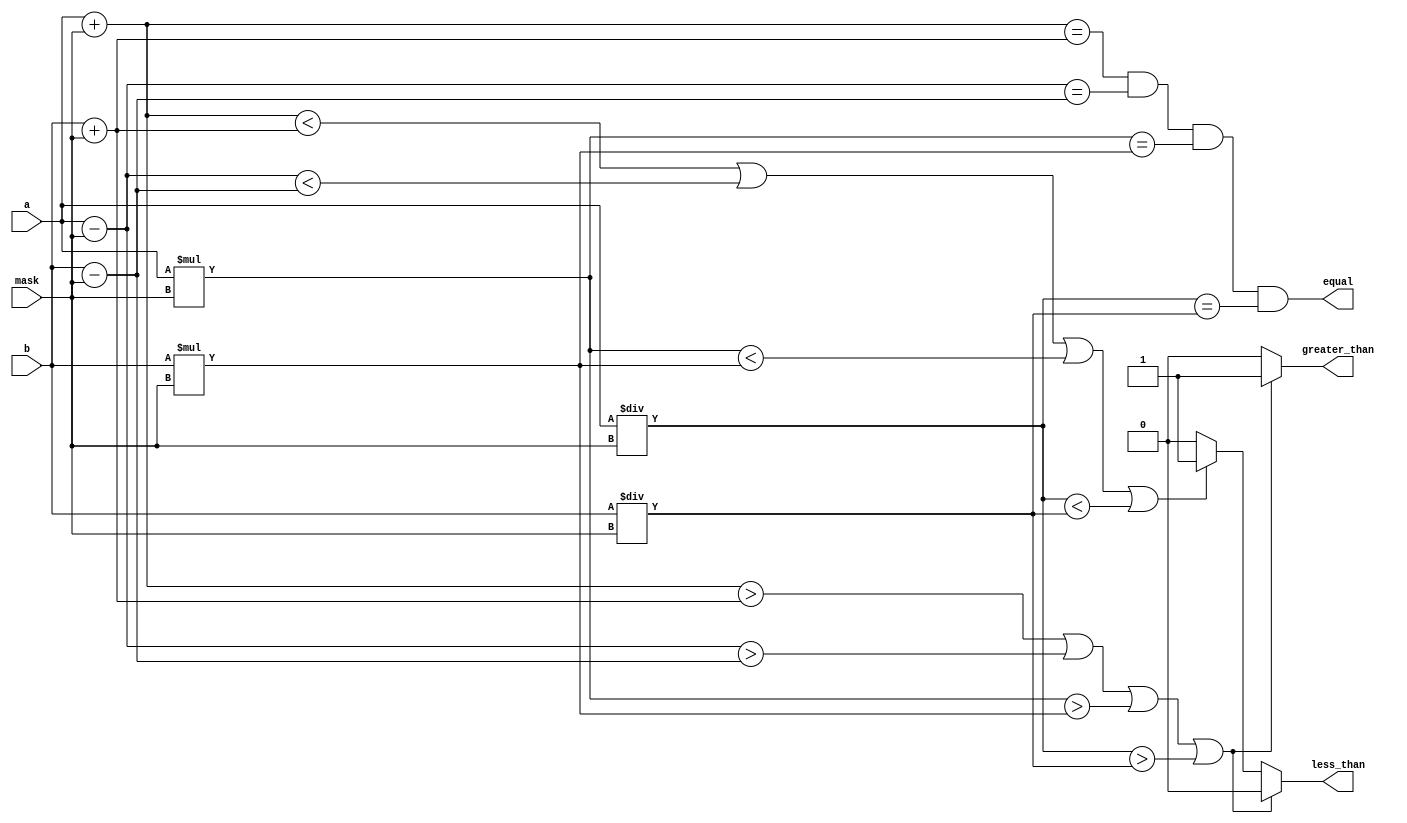
module masked_comparator (
    input wire signed [31:0] a,
    input wire signed [31:0] b,
    input wire [31:0] mask,
    output reg equal,
    output reg greater_than,
    output reg less_than
);

//Declare internal signals
reg [31:0] add_a, sub_a, mul_a, div_a;
reg [31:0] add_b, sub_b, mul_b, div_b;

//Perform arithmetic operations
always @* begin
    add_a = a + mask;
    sub_a = a - mask;
    mul_a = a * mask;
    div_a = a / mask;

    add_b = b + mask;
    sub_b = b - mask;
    mul_b = b * mask;
    div_b = b / mask;
end

// Compare the results of arithmetic operations
always @* begin
    equal = (add_a == add_b) && (sub_a == sub_b) && (mul_a == mul_b) && (div_a == div_b);
    if (add_a > add_b || sub_a > sub_b || mul_a > mul_b || div_a > div_b) begin
        greater_than = 1;
        less_than = 0;
    end else if (add_a < add_b || sub_a < sub_b || mul_a < mul_b || div_a < div_b) begin
        greater_than = 0;
        less_than = 1;
    end else begin
        greater_than = 0;
        less_than = 0;
    end
end

endmodule